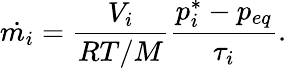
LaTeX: \dot{m_{i}}=\frac{V_{i}}{RT/M}\frac{p_{i}^{*}-p_{eq}}{\tau_{i}}.